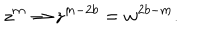
z ^ { m } \rightarrow z ^ { m - 2 b } = w ^ { 2 b - m } .